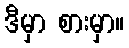
ဒီမှာ စားမှာ။